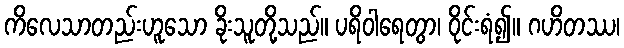
ကိလေသာတည်းဟူသော ခိုးသူတို့သည်။ ပရိဝါရေတွာ၊ ဝိုင်းရံ၍။ ဂဟိတဿ၊